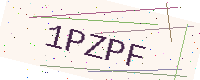
Text: 1PZPF